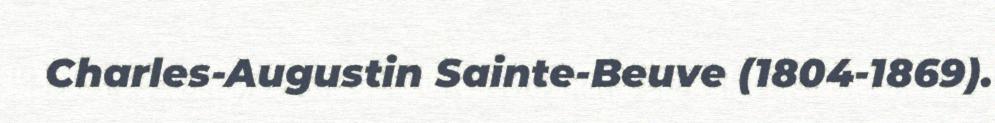
Charles-Augustin Sainte-Beuve (1804-1869).